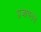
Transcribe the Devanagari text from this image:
प्रजापतये